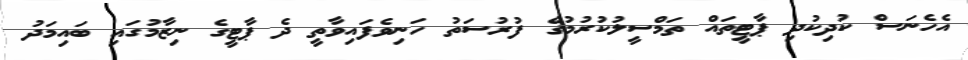
އެހެނަސް ކުދިކުދި ޕާޓީތައް ތަމްސީލުކުރުމުގެ ފުރުސަތު ހަނިވެފައިވާތީ ދެ ޕާޓީގެ ނިޒާމުގައި ބައިމަދު